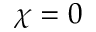
\chi = 0